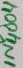
Text: 1N4004